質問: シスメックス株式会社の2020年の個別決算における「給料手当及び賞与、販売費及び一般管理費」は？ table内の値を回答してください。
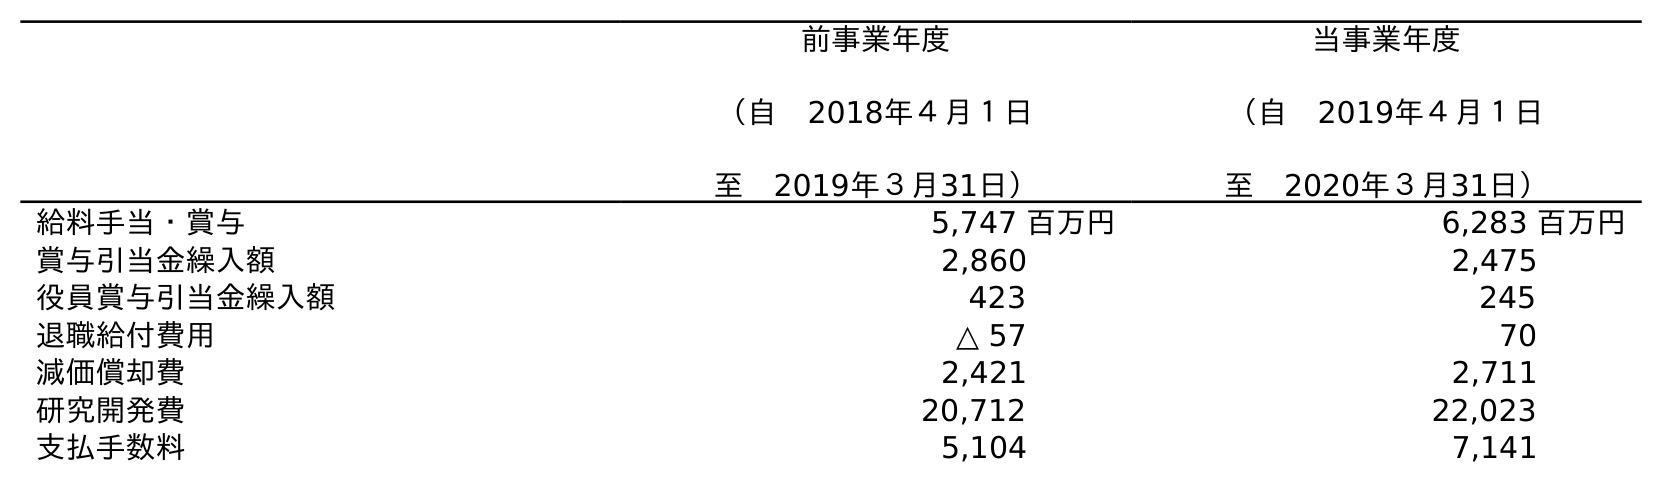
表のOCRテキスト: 前事業年度 （自 2018年４月１日 至 2019年３月31日） 当事業年度 （自 2019年４月１日 至 2020年３月31日） 給料手当・賞与 5,747 百万円 6,283 百万円 賞与引当金繰入額 2,860 2,475 役員賞与引当金繰入額 423 245 退職給付費用 △ 57 70 減価償却費 2,421 2,711 研究開発費 20,712 22,023 支払手数料 5,104 7,141
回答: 6,283百万円